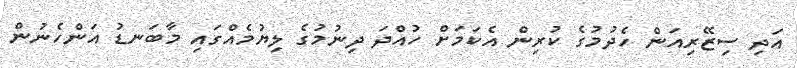
އަދި ސިޒޭރިއަން ހެދުމުގެ ކުރިން އެކަމަށް ހުއްދަ ދިނުމުގެ ލިޔުމެއްގައި މާބަނޑު އަންހެނުން